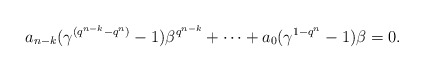
\begin{align*} a_{n-k}(\gamma^{(q^{n-k}-q^n)}-1)\beta^{q^{n-k}}+\cdots +a_0(\gamma^{1-q^n}-1)\beta=0. \end{align*}